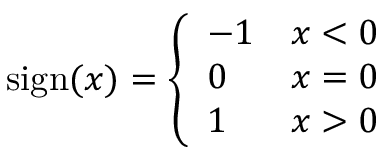
\mathrm { s i g n } ( x ) = \left\{ \begin{array} { l l } { - 1 } & { x < 0 } \\ { 0 } & { x = 0 } \\ { 1 } & { x > 0 } \end{array} \right.